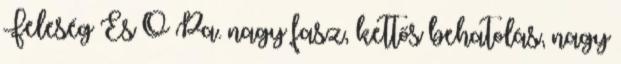
Feleség És Ő Pa. nagy fasz, kettős behatolás, nagy